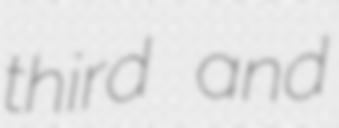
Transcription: third and